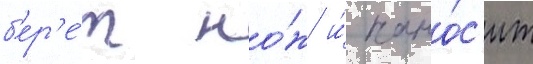
б'ер'е́т но́ж и́ нано́с'ит